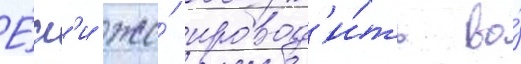
Е́сл'и же́ провод'и́ть во́